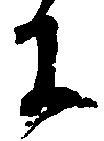
に